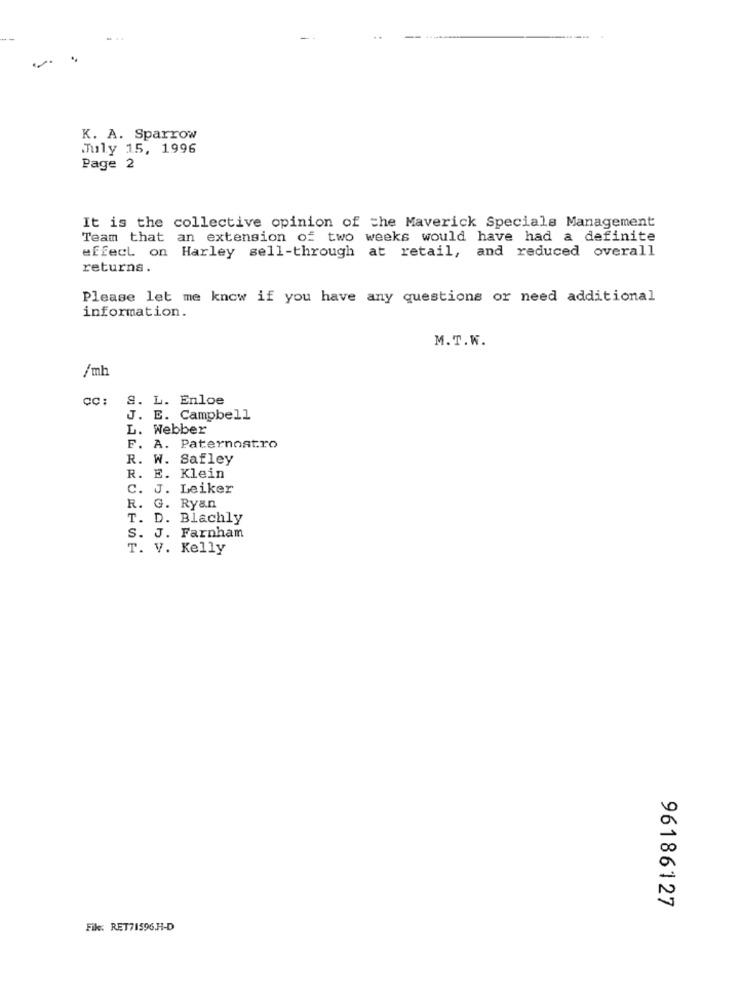
..
K. A. Sparrow
July 15, 1996
Page 2
It is the collective opinion of the Maverick Specials Management
Team that an extension of two weeks would have had a definite
effect on Harley sell-through at retail, and reduced overall
returns.
Please let me know if you have any questions or need additional
information.
M.T.W.
/mh
S. L. Enloe
J. E. Campbell
L. Webber
F. A. Paternostro
R. W. Safley
R. E. Klein
C. J. Leiker
R. G. Ryan
T. D. Blachly
S. J. Farnham
T. V. Kelly
96186127
File: RET71596.H-D